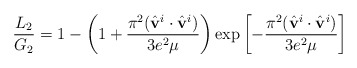
\begin{align*}\frac{L_2}{G_2}=1-\left( 1+\frac{\pi^2(\hat{\bf v}^i\cdot\hat{\bf v}^i)}{3e^2\mu}\right)\exp\left[-\frac{\pi^2(\hat{\bf v}^i\cdot\hat{\bf v}^i)}{3e^2\mu}\right]\end{align*}